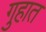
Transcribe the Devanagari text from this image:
गुहात